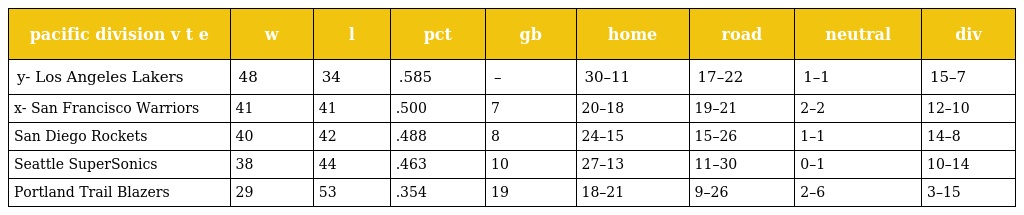
| pacific division v t e | w | l | pct | gb | home | road | neutral | div |
 | --- | --- | --- | --- | --- | --- | --- | --- | --- |
 | y- Los Angeles Lakers | 48 | 34 | .585 | – | 30–11 | 17–22 | 1–1 | 15–7 |
 | x- San Francisco Warriors | 41 | 41 | .500 | 7 | 20–18 | 19–21 | 2–2 | 12–10 |
 | San Diego Rockets | 40 | 42 | .488 | 8 | 24–15 | 15–26 | 1–1 | 14–8 |
 | Seattle SuperSonics | 38 | 44 | .463 | 10 | 27–13 | 11–30 | 0–1 | 10–14 |
 | Portland Trail Blazers | 29 | 53 | .354 | 19 | 18–21 | 9–26 | 2–6 | 3–15 |